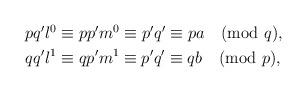
LaTeX: \begin{align*}\begin{aligned}pq'l^0 &\equiv pp'm^0 \equiv p'q' \equiv pa \pmod{q}, \\qq'l^1 &\equiv qp'm^1 \equiv p'q' \equiv qb \pmod{p}, \end{aligned}\end{align*}